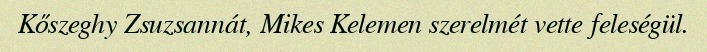
Kőszeghy Zsuzsannát, Mikes Kelemen szerelmét vette feleségül.